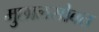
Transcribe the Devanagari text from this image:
मुछालसोबत